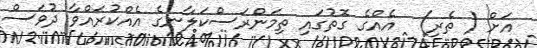
އަށް ( ތެރި)  އެއްގެ ގޮތުގައި ތިމަންރަސްކަލާނގެ އެއްކުރައްވާ ދުވަސް